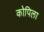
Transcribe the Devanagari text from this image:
कोपिला